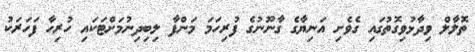
ތޮލާލް ވިދާޅުވިގޮތުގައި ގެވެށި އަނިޔާގެ ގާނޫނުގެ ފުރިހަމަ މަންފާ ލިބިދިނުމަށްޓަކައި ހުރިހާ ފަހަރަކު